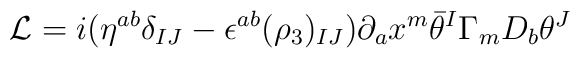
{\cal L}= i (\eta^{ab} \delta_{IJ} - \epsilon^{ab}(\rho_{3})_{IJ}) \partial_a  x^{m } \bar \theta^I \Gamma_{m} D_b\theta^J